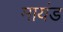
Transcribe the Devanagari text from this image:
मायंड